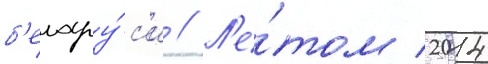
б'елару́с'и // Л'е́том 2014